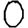
Digit: 0